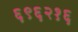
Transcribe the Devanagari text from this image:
६९६२१६